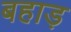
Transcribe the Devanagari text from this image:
बहाड़